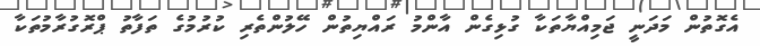
އެގޮތުން މަދަނީ ޖަމިއްޔާތަކާ ގުޅިގެން އާންމު ރައްޔިތުން ހޭލުންތެރި ކުރުމުގެ ތަފާތު ޕްރޮގުރާމުތަކާ